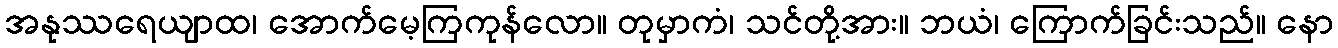
အနုဿရေယျာထ၊ အောက်မေ့ကြကုန်လော။ တုမှာကံ၊ သင်တို့အား။ ဘယံ၊ ကြောက်ခြင်းသည်။ နော